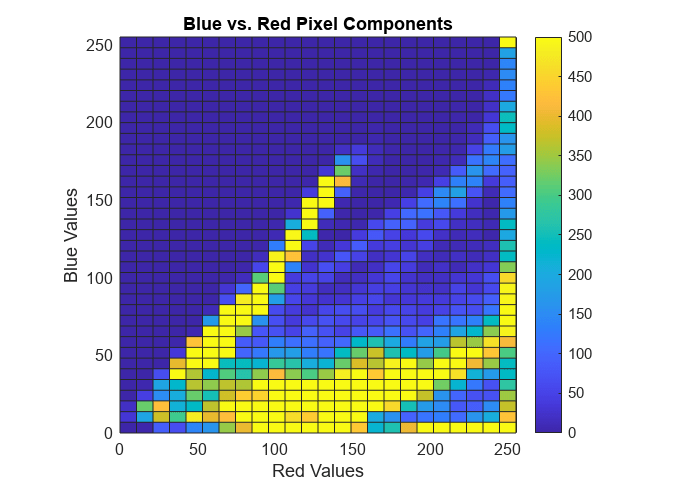
matlab, histogram2, colorbar